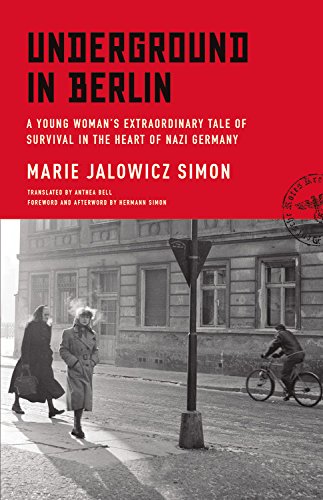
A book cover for Underground in Berlin: A Young Woman's Extraordinary Tale of Survival in the Heart of Nazi Germany; Marie Jalowicz Simon; Biographies & Memoirs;